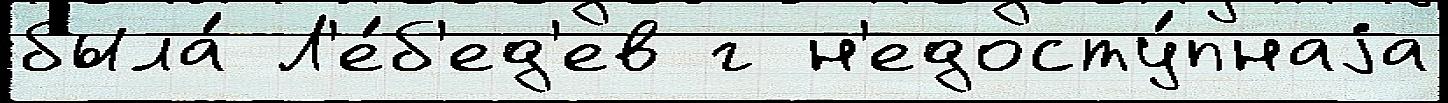
была́ Л'е́б'ед'ев г н'едосту́пнаjа